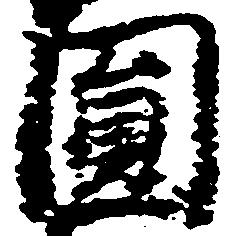
円